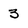
Character: 3